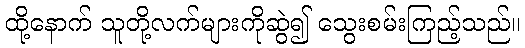
ထို့နောက် သူတို့လက်များကိုဆွဲ၍ သွေးစမ်းကြည့်သည်။